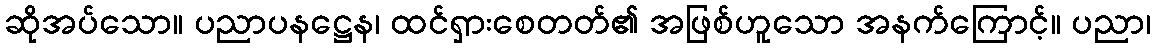
ဆိုအပ်သော။ ပညာပနဋ္ဌေန၊ ထင်ရှားစေတတ်၏ အဖြစ်ဟူသော အနက်ကြောင့်။ ပညာ၊